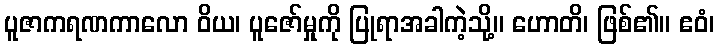
ပူဇာကရဏကာလော ဝိယ၊ ပူဇော်မှုကို ပြုရာအခါကဲ့သို့။ ဟောတိ၊ ဖြစ်၏။ ဧဝံ၊